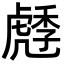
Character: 𧇯